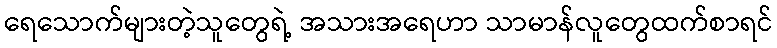
ရေသောက်များတဲ့သူတွေရဲ့ အသားအရေဟာ သာမာန်လူတွေထက်စာရင်